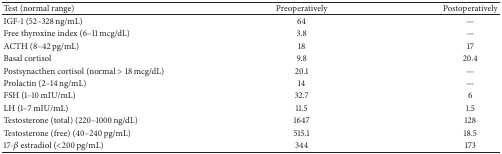
<table><thead><tr><td><b>Test (normal range)</b></td><td><b>Preoperatively</b></td><td><b>Postoperatively</b></td></tr></thead><tbody><tr><td>IGF-1 (52–328 ng/mL)</td><td>64</td><td>—</td></tr><tr><td>Free thyroxine index (6–11 mcg/dL)</td><td>3.8</td><td>—</td></tr><tr><td>ACTH (8–42 pg/mL)</td><td>18</td><td>17</td></tr><tr><td> Basal cortisol </td><td>9.8</td><td>20.4</td></tr><tr><td>Postsynacthen cortisol (normal &gt; 18 mcg/dL)</td><td>20.1</td><td>—</td></tr><tr><td>Prolactin (2–14 ng/mL)</td><td>14</td><td>—</td></tr><tr><td>FSH (1–10 mIU/mL)</td><td>32.7</td><td>6</td></tr><tr><td>LH (1–7 mIU/mL)</td><td>11.5</td><td>1.5</td></tr><tr><td>Testosterone (total) (220–1000 ng/dL)</td><td>1647</td><td>128</td></tr><tr><td>Testosterone (free) (40–240 pg/mL)</td><td>515.1</td><td>18.5</td></tr><tr><td>17-<i>β</i> estradiol (&lt;200 pg/mL)</td><td>344</td><td>173</td></tr></tbody></table>